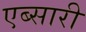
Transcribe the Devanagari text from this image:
एब्सारी